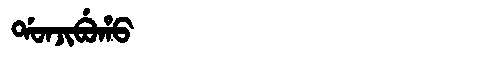
Manchu: ᡩᠣᠨᠵᡳᠪᡠᡥᠣ
Romanization: DONJIBUHO